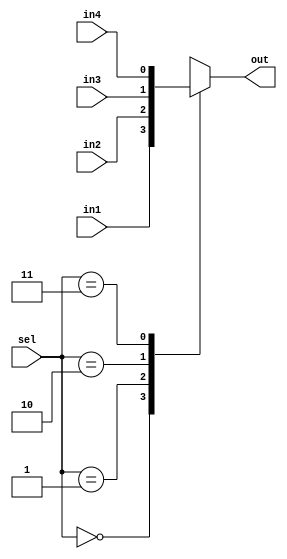
module MUX4_1 (sel, in1, in2, in3, in4, out);
    input [1:0] sel;
    input in1, in2, in3, in4;
    output reg out;
  always @(sel, in1, in2, in3, in4) begin
    out = 0;
    case (sel)
      0: out = in1;
      1: out = in2;
      2: out = in3;
      3: out = in4;
    endcase
  end
endmodule